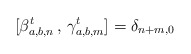
\begin{align*}[\beta^t_{a,b, n}\, ,\, \gamma^t_{a,b, m}] = \delta_{n+m, 0}\end{align*}